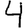
Digit: 4